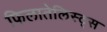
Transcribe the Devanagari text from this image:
फिलातेलिस्ट्स